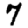
Digit: 7